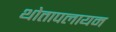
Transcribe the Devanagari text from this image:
थोतापलायम